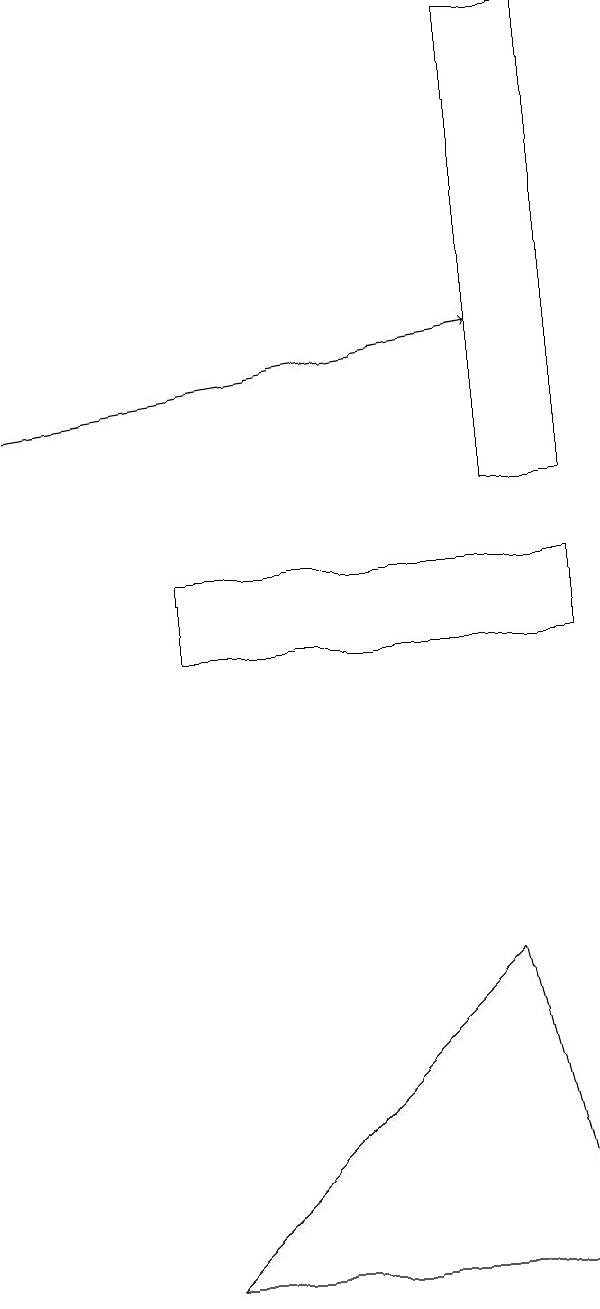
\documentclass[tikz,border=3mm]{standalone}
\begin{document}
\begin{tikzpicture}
\draw (3,11) rectangle (8,12);
\draw[->] (1,14) -- (7,15);
\draw (8,3) -- (7,7) -- (3,3) -- cycle;
\draw (8,13) rectangle (7,19);
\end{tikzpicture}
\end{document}